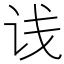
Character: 𬣡